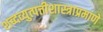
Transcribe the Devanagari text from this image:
शब्दव्युत्पत्तीशास्त्राप्रमाणे